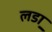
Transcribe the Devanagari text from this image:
लडा़